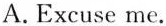
A.Excuse me.